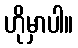
ဟိုမှာပါ။